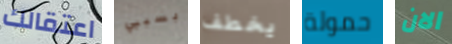
اعتقالك بسببي يخطف حمولة الان